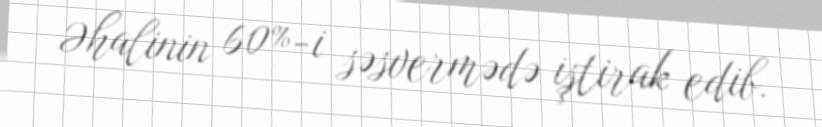
Əhalinin 60%-i səsvermədə iştirak edib.